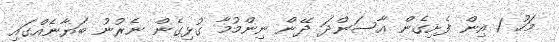
މަހު 1 އިން ފެށިގެން އާސަންދަ ދޭން ނިންމުމާ ގުޅިގެން ނެރުނު ބަޔާނެއްގައި